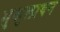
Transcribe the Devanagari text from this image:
मुकुलायन